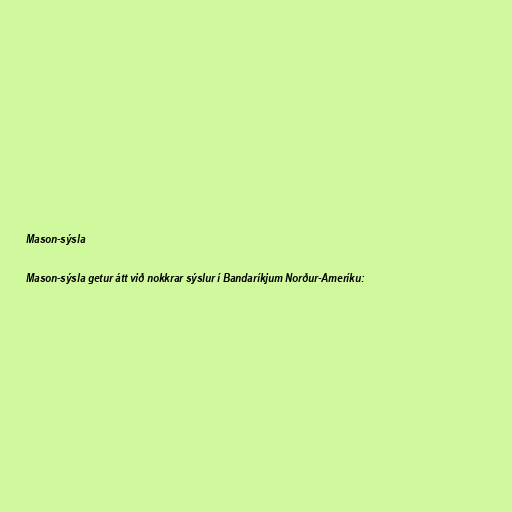
Mason-sýsla

Mason-sýsla getur átt við nokkrar sýslur í Bandaríkjum Norður-Ameríku: